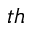
_ { t h }